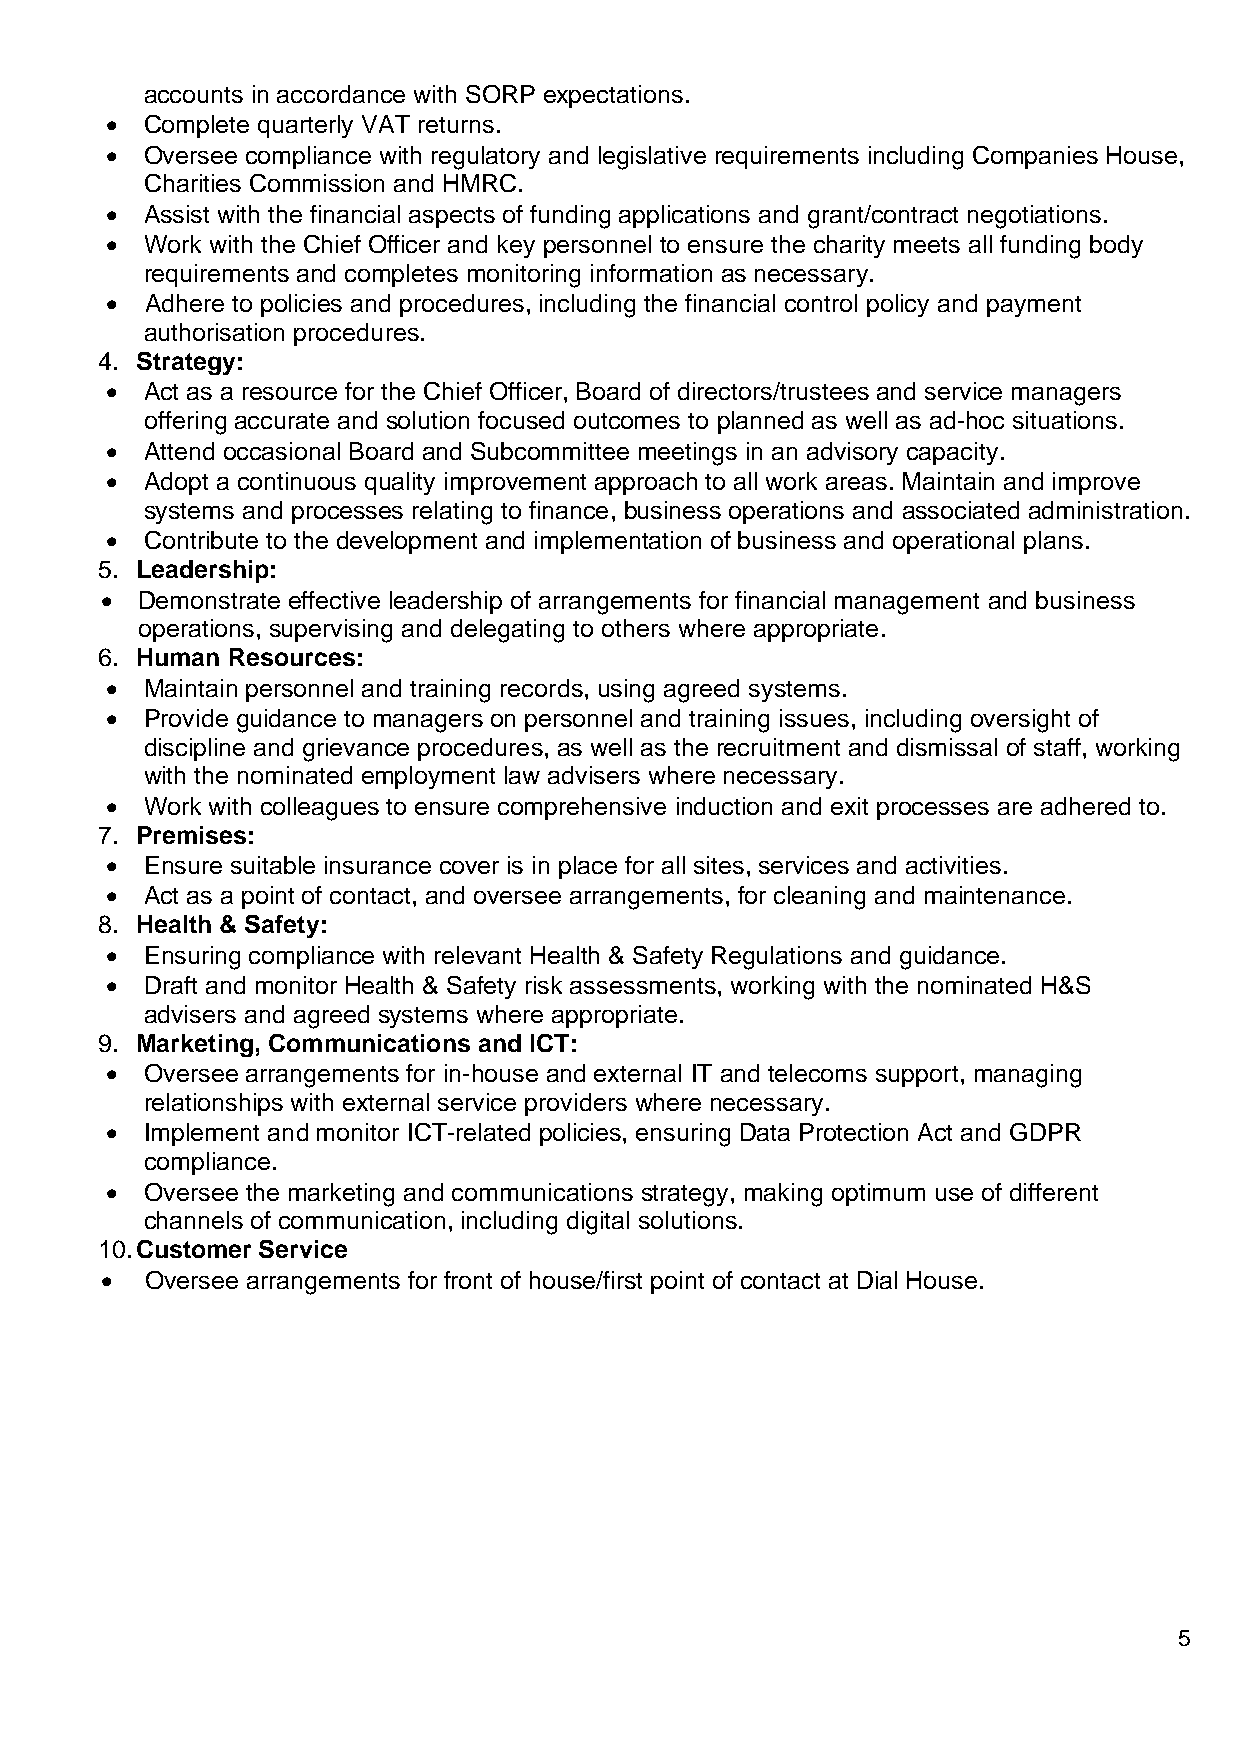
accounts in accordance with SORP expectations.
 •  Complete quarterly VAT returns.
 •  Oversee compliance with regulatory and legislative requirements including Companies House,
 Charities Commission and HMRC.
 •  Assist with the financial aspects of funding applications and grant/contract negotiations.
 •  Work with the Chief Officer and key personnel to ensure the charity meets all funding body
 requirements and completes monitoring information as necessary.
 •  Adhere to policies and procedures, including the financial control policy and payment
 authorisation procedures.
 4. Strategy:
 •  Act as a resource for the Chief Officer, Board of directors/trustees and service managers
 offering accurate and solution focused outcomes to planned as well as ad-hoc situations.
 •  Attend occasional Board and Subcommittee meetings in an advisory capacity.
 •  Adopt a continuous quality improvement approach to all work areas. Maintain and improve
 systems and processes relating to finance, business operations and associated administration.
 •  Contribute to the development and implementation of business and operational plans.
 5. Leadership:
 • Demonstrate effective leadership of arrangements for financial management and business
 operations, supervising and delegating to others where appropriate.
 6. Human Resources:
 •  Maintain personnel and training records, using agreed systems.
 •  Provide guidance to managers on personnel and training issues, including oversight of
 discipline and grievance procedures, as well as the recruitment and dismissal of staff, working
 with the nominated employment law advisers where necessary.
 •  Work with colleagues to ensure comprehensive induction and exit processes are adhered to.
 7. Premises:
 •  Ensure suitable insurance cover is in place for all sites, services and activities.
 •  Act as a point of contact, and oversee arrangements, for cleaning and maintenance.
 8. Health & Safety:
 •  Ensuring compliance with relevant Health & Safety Regulations and guidance.
 •  Draft and monitor Health & Safety risk assessments, working with the nominated H&S
 advisers and agreed systems where appropriate.
 9. Marketing, Communications and ICT:
 •  Oversee arrangements for in-house and external IT and telecoms support, managing
 relationships with external service providers where necessary.
 •  Implement and monitor ICT-related policies, ensuring Data Protection Act and GDPR
 compliance.
 •  Oversee the marketing and communications strategy, making optimum use of different
 channels of communication, including digital solutions.
 10. Customer Service
 •  Oversee arrangements for front of house/first point of contact at Dial House.
 5